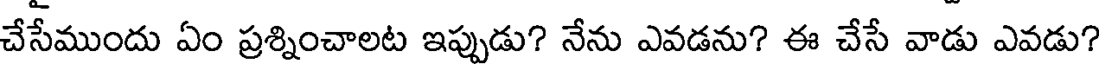
చేసేముందు ఏం ప్రశ్నించాలట ఇప్పుడు? నేను ఎవడను? ఈ చేసే వాడు ఎవడు?